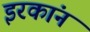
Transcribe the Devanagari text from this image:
इरकांन